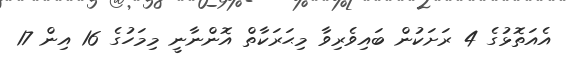
އެއަތޮޅުގެ 4 ރަށަކުން ބައިވެރިވާ މިޙަރަކާތް އޮންނާނީ މިމަހުގެ 16 އިން 17